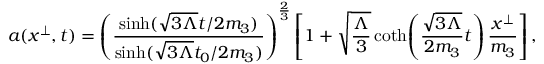
a ( x ^ { \perp } , t ) = \left( \frac { \sinh ( \sqrt { 3 \Lambda } t / 2 m _ { 3 } ) } { \sinh ( \sqrt { 3 \Lambda } t _ { 0 } / 2 m _ { 3 } ) } \right) ^ { \frac { 2 } { 3 } } \left[ 1 + \sqrt { \frac { \Lambda } { 3 } } \coth \! \left( \frac { \sqrt { 3 \Lambda } } { 2 m _ { 3 } } t \right) \frac { x ^ { \perp } } { m _ { 3 } } \right] ,